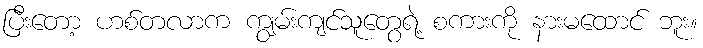
ပြီးတော့ ဟစ်တလာက ကျွမ်းကျင်သူတွေရဲ့ စကားကို နားမထောင် ဘူး။